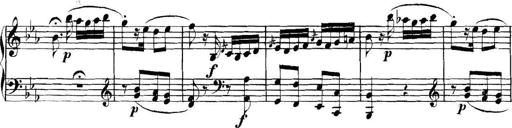
Title: Collected Piano Sonatas
Composer: Muzio Clementi